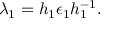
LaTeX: \lambda _ { 1 } = h _ { 1 } \epsilon _ { 1 } h _ { 1 } ^ { - 1 } .